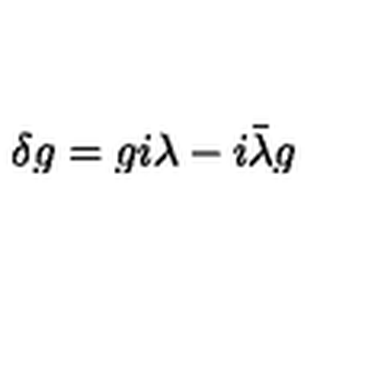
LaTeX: \delta g = g i \lambda - i \bar { \lambda } g